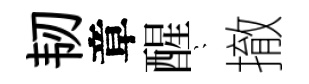
韧章醒隠撤